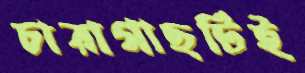
চারাগাছটিই